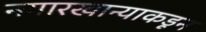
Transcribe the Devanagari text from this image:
नगारखान्याकडून